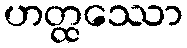
ဟတ္ထဿော